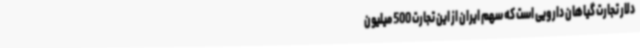
دلار تجارت گیاهان دارویی است که سهم ایران از این تجارت 500 میلیون